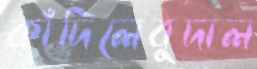
কাঁদিলেবুদাল